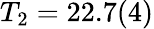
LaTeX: T_{2}=22.7(4)